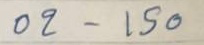
02 - 150